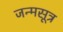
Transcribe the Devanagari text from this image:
जन्मसूत्र